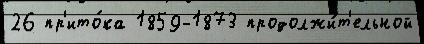
26 пр'ито́ка 1859-1873 продолжи́т'ельной